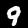
Label: 9